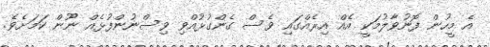
އެ މީހުން ފޮނުވާލުމަކީ އެއް އިރެއްގައި ވެސް ގެންގުޅުއްވި ވިސްނުންފުޅެއް ނޫން ކަމަށެވެ.